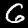
Label: 6